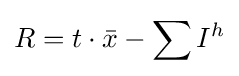
R=t\cdot {\bar {x}}-\sum I^{h}